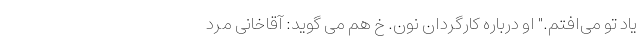
یاد تو می‌افتم." او درباره کارگردان نون. خ هم می گوید: آقاخانی مرد